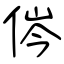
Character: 侺